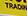
trading